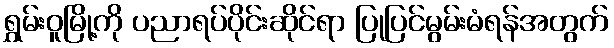
ရွှမ်းဝူမြို့ကို ပညာရပ်ပိုင်းဆိုင်ရာ ပြုပြင်မွမ်းမံရန်အတွက်